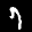
Label: 7